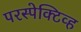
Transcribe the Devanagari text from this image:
परस्पेक्टिव्ह